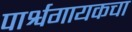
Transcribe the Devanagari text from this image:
पार्श्वगायकचा